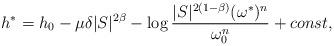
LaTeX: \begin{align*}h^*= h_0-\mu\delta |S|^{2\beta}-\log\frac{|S|^{2(1-\beta)}(\omega^*)^n}{\omega_0^n}+const,\end{align*}